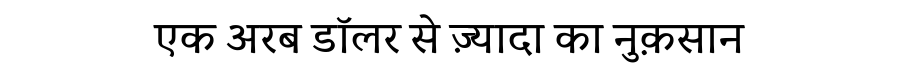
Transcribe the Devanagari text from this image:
एक अरब डॉलर से ज़्यादा का नुक़सान